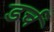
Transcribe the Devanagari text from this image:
डर्च